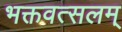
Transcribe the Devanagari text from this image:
भक्तवत्सलम्